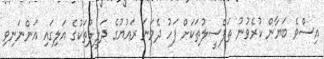
އިސްވެ ބަޔާން ކުރެވުނު ތަފްސީލުތަކަށް ފަހު ދެވަނަ ރައުޔުގެ ދަލީލުތަކުގެ އަލިގައި އަންނަނިވި